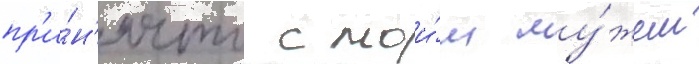
пр'и́н'ято с мои́м му́жем